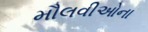
મૌલવીઓના